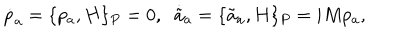
\dot { p } _ { a } = \{ p _ { a } , H \} _ { P } = 0 , \; \; \dot { \tilde { a } } { } _ { a } = \{ \tilde { a } _ { a } , H \} _ { P } = i M p _ { a } , \nonumber